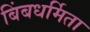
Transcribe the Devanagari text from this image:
बिंबधर्मिता